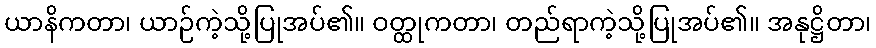
ယာနိကတာ၊ ယာဉ်ကဲ့သို့ပြုအပ်၏။ ဝတ္ထုကတာ၊ တည်ရာကဲ့သို့ပြုအပ်၏။ အနုဋ္ဌိတာ၊